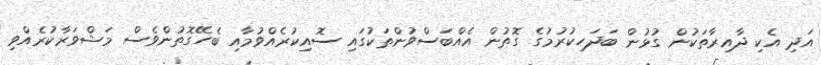
އަދި އެކި ދާއިރާތަކުން ގުޅުން ބަދަހިކުރުމުގެ ގޮތުން އެއްބަސްވުންތަކުގައި ސޮއިކުރެއްވުމާއި ބެހޭގޮތުންވެސް މަޝްވަރާކުރެއްވި